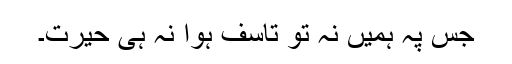
جس پہ ہمیں نہ تو تاسف ہوا نہ ہی حیرت۔